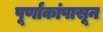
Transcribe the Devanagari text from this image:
पूर्णांकांपासून